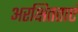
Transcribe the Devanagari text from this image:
अरक्षितताएं